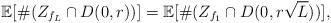
LaTeX: \begin{align*} \mathbb E[\#(Z_{f_L}\cap D(0,r))]= \mathbb E[\#(Z_{f_1}\cap D(0,r\sqrt L))],\end{align*}